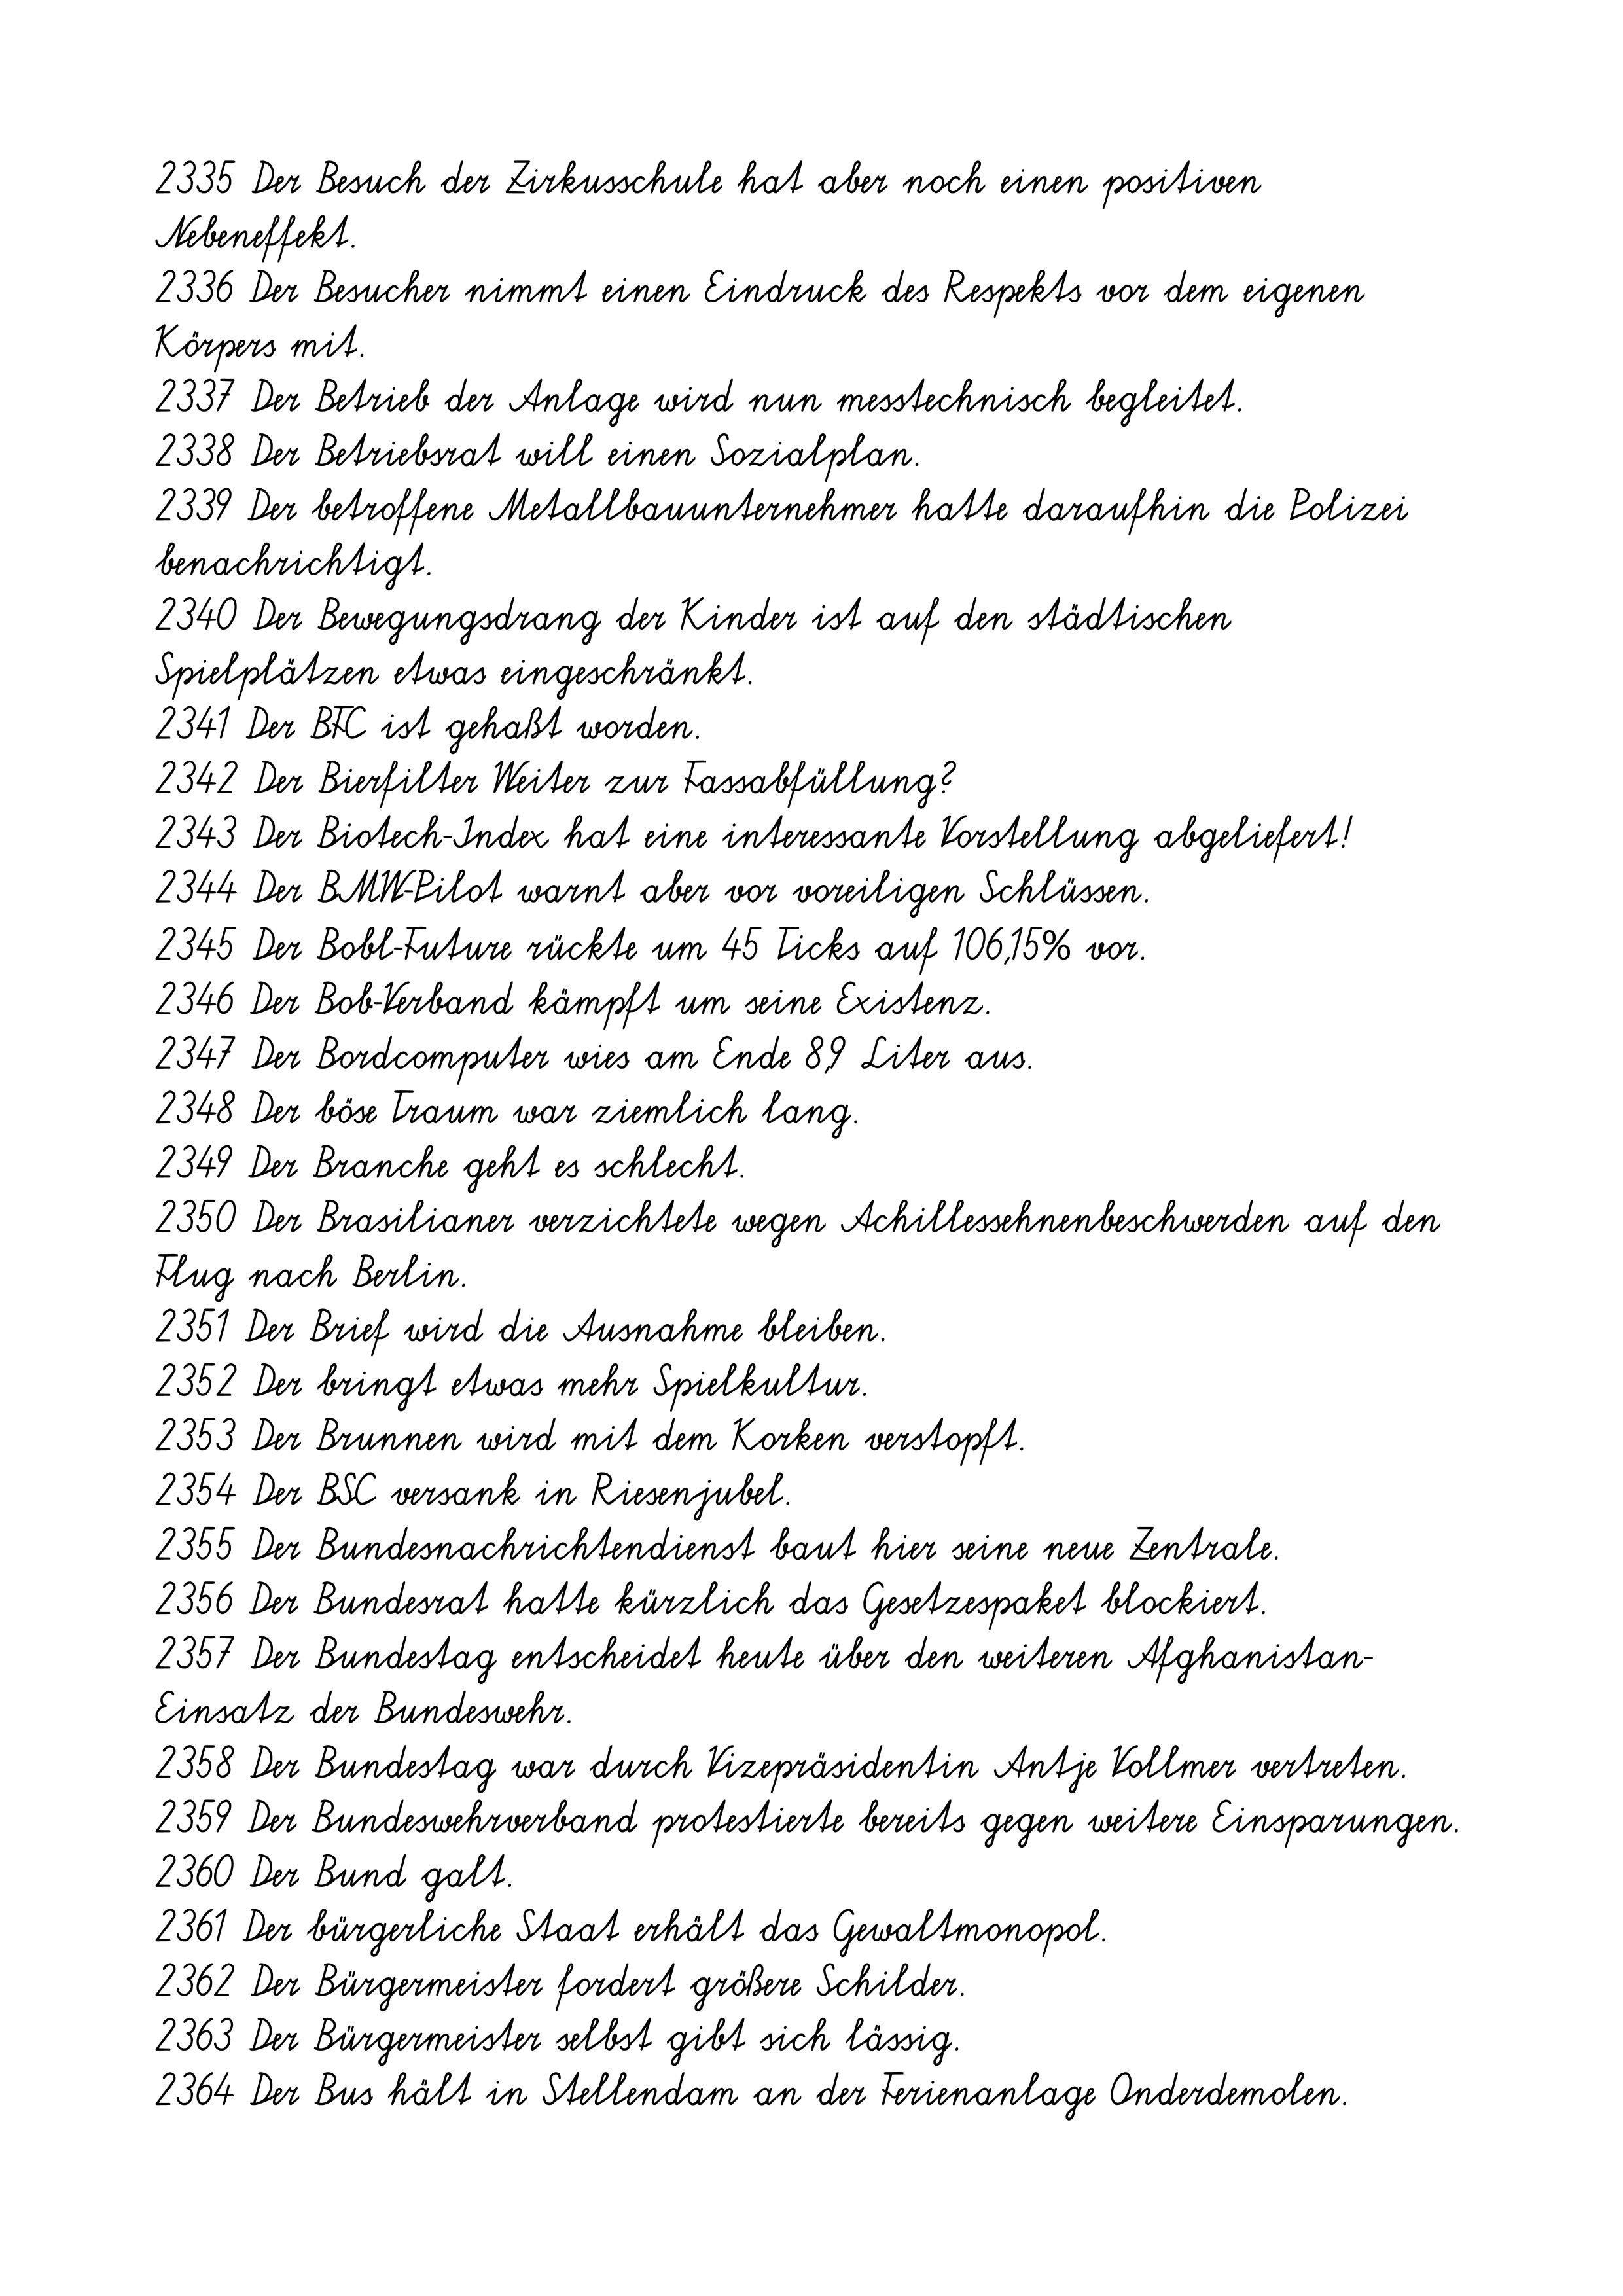
2335 Der Besuch der Zirkusschule hat aber noch einen positiven
Nebeneffekt.
2336 Der Besucher nimmt einen Eindruck des Respekts vor dem eigenen
Körpers mit.
2337 Der Betrieb der Anlage wird nun messtechnisch begleitet.
2338 Der Betriebsrat will einen Sozialplan.
2339 Der betroffene Metallbauunternehmer hatte daraufhin die Polizei
benachrichtigt.
2340 Der Bewegungsdrang der Kinder ist auf den städtischen
Spielplätzen etwas eingeschränkt.
2341 Der BFC ist gehaßt worden.
2342 Der Bierfilter Weiter zur Fassabfüllung?
2343 Der Biotech-Index hat eine interessante Vorstellung abgeliefert!
2344 Der BMW-Pilot warnt aber vor voreiligen Schlüssen.
2345 Der Bobl-Future rückte um 45 Ticks auf 106,15% vor.
2346 Der Bob-Verband kämpft um seine Existenz.
2347 Der Bordcomputer wies am Ende 8,9 Liter aus.
2348 Der böse Traum war ziemlich lang.
2349 Der Branche geht es schlecht.
2350 Der Brasilianer verzichtete wegen Achillessehnenbeschwerden auf den
Flug nach Berlin.
2351 Der Brief wird die Ausnahme bleiben.
2352 Der bringt etwas mehr Spielkultur.
2353 Der Brunnen wird mit dem Korken verstopft.
2354 Der BSC versank in Riesenjubel.
2355 Der Bundesnachrichtendienst baut hier seine neue Zentrale.
2356 Der Bundesrat hatte kürzlich das Gesetzespaket blockiert.
2357 Der Bundestag entscheidet heute über den weiteren Afghanistan-
Einsatz der Bundeswehr.
2358 Der Bundestag war durch Vizepräsidentin Antje Vollmer vertreten.
2359 Der Bundeswehrverband protestierte bereits gegen weitere Einsparungen.
2360 Der Bund galt.
2361 Der bürgerliche Staat erhält das Gewaltmonopol.
2362 Der Bürgermeister fordert größere Schilder.
2363 Der Bürgermeister selbst gibt sich lässig.
2364 Der Bus hält in Stellendam an der Ferienanlage Onderdemolen.